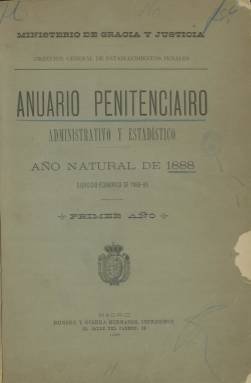
Título: Anuario penitenciario, administrativo y estadístico
Colección: Establecimientos penitenciarios || Anuarios e informes
Ámbito geográfico: Madrid
Lugar de publicación: Madrid
Fechas: 01/01/1888-31/12/1888